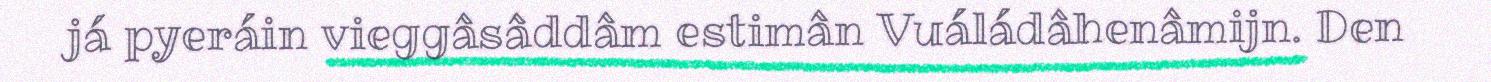
já pyeráin vieggâsâddâm estimân Vuáládâhenâmijn. Den